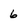
Character: 6